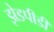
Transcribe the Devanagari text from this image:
झेडपीडी